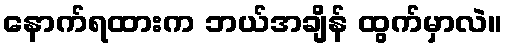
နောက်ရထားက ဘယ်အချိန် ထွက်မှာလဲ။